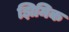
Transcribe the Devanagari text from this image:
झिमिक